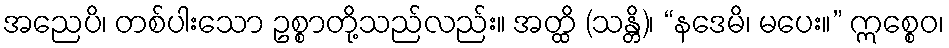
အညေပိ၊ တစ်ပါးသော ဥစ္စာတို့သည်လည်း။ အတ္ထိ (သန္တိ)၊ “နဒေမိ၊ မပေး။” ဣစ္စေဝ၊